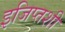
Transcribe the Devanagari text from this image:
इजिप्तशी